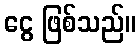
ငွေ ဖြစ်သည်။